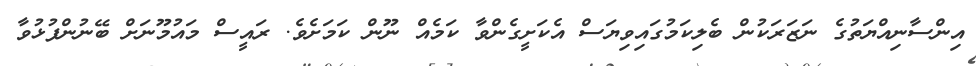
އިންސާނިއްޔަތުގެ ނަޒަރަކުން ބެލިކަމުގައިވިޔަސް އެކަށީގެންވާ ކަމެއް ނޫން ކަމަށެވެ. ރައީސް މައުމޫނަށް ބޭނުންފުޅުވާ